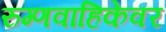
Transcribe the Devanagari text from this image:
रुग्णवाहिकेवर